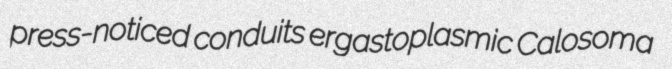
press-noticed conduits ergastoplasmic Calosoma